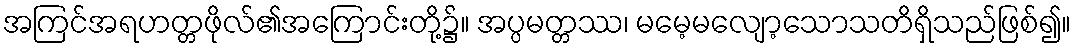
အကြင်အရဟတ္တဖိုလ်၏အကြောင်းတို့၌။ အပ္ပမတ္တဿ၊ မမေ့မလျော့သောသတိရှိသည်ဖြစ်၍။